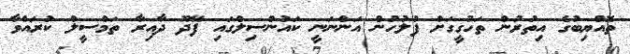
ތޮއްޔިބުގެ އިތުރުން ތަހުގީގަށް ފުލުހުން އަންނަނީ ކައުންސިލްގައި ފޭދޫ ދާއިރާ ތަމްސީލް ކުރައްވާ